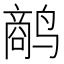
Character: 𱊥